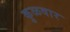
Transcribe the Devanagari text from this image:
कुळवार